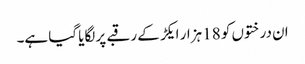
ان درختوں کو 18 ہزار ایکڑ کے رقبے پر لگایا گیا ہے۔